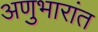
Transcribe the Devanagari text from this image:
अणुभारांत